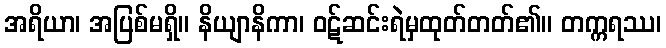
အရိယာ၊ အပြစ်မရှိ။ နိယျာနိကာ၊ ဝဋ်ဆင်းရဲမှထုတ်တတ်၏။ တက္ကရဿ၊